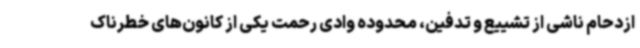
ازدحام ناشی از تشییع و تدفین، محدوده وادی رحمت یکی از کانون‌های خطرناک